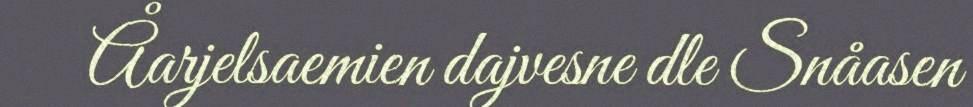
Åarjelsaemien dajvesne dle Snåasen